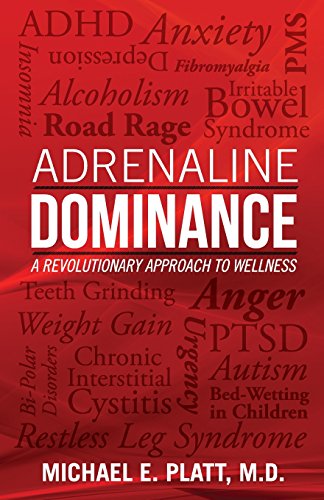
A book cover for Adrenaline Dominance: A Revolutionary Approach to Wellness; Michael E. Platt; Medical Books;